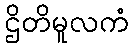
ဌိတိမူလကံ